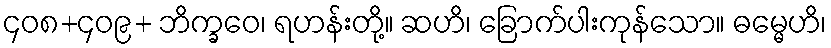
၄၀၈+၄၀၉+ ဘိက္ခဝေ၊ ရဟန်းတို့။ ဆဟိ၊ ခြောက်ပါးကုန်သော။ ဓမ္မေဟိ၊